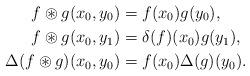
LaTeX: \begin{align*}f\circledast g(x_0, y_0)&=f(x_0)g(y_0),\\f\circledast g(x_0, y_1)&=\delta(f)(x_0)g(y_1),\\\Delta(f\circledast g)(x_0, y_0)&=f(x_0)\Delta(g)(y_0).\end{align*}